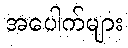
အပေါက်များ